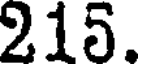
215.